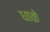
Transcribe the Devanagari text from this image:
धाके